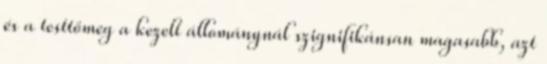
és a testtömeg a kezelt állománynál szignifikánsan magasabb, azt